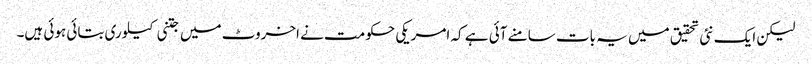
لیکن ایک نئی تحقیق میں یہ بات سامنے آئی ہے کہ امریکی حکومت نے اخروٹ میں جتنی کیلوری بتائی ہوئی ہیں۔